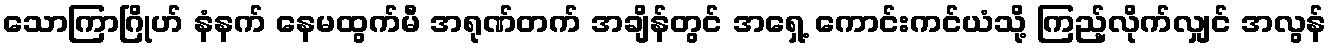
သောကြာဂြိုဟ် နံနက် နေမထွက်မီ အရုဏ်တက် အချိန်တွင် အရှေ့ ကောင်းကင်ယံသို့ ကြည့်လိုက်လျှင် အလွန်